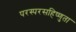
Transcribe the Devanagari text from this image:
परस्परसहिष्णुता